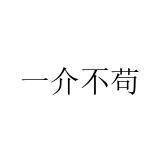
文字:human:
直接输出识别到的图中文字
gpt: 一介不苟